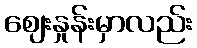
ဈေးနှုန်းမှာလည်း